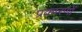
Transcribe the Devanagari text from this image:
प्रकारणों